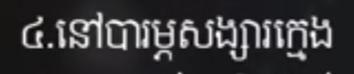
៤.នៅបារម្ភសង្សារក្មេង